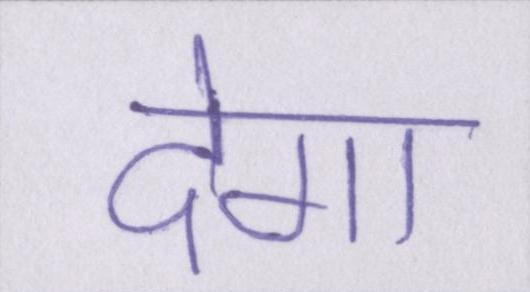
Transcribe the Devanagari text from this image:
देगा